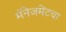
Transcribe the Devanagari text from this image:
मॅनेजमेंटचा